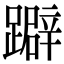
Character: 躃